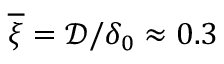
\overline { { \xi } } = \mathcal { D } / \delta _ { 0 } \approx 0 . 3